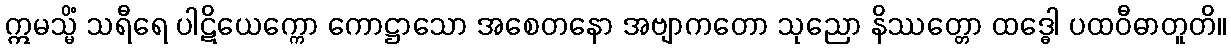
ဣမသ္မိံ သရီရေ ပါဋိယေက္ကော ကောဋ္ဌာသော အစေတနော အဗျာကတော သုညော နိဿတ္တော ထဒ္ဓေါ ပထဝီဓာတူတိ။